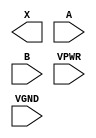
module sky130_fd_sc_hs__or2 (
    X   ,
    A   ,
    B   ,
    VPWR,
    VGND
);

    output X   ;
    input  A   ;
    input  B   ;
    input  VPWR;
    input  VGND;
endmodule